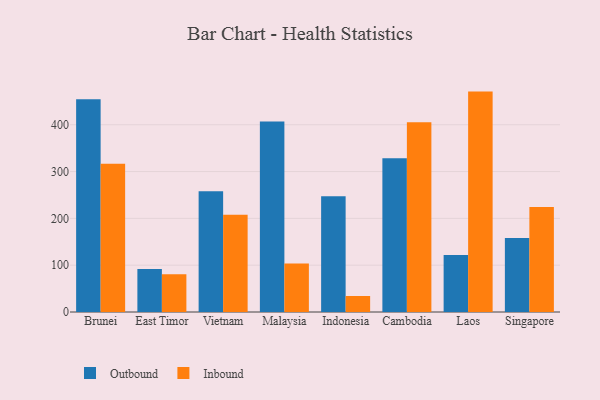
{"axis": {"x": "Country", "y": "Net Income (USD K)"}, "legend": ["Inbound", "Outbound"], "data": [{"x": "Brunei", "y": 454.6, "type": "Outbound"}, {"x": "Brunei", "y": 316.8, "type": "Inbound"}, {"x": "East Timor", "y": 91.9, "type": "Outbound"}, {"x": "East Timor", "y": 80.4, "type": "Inbound"}, {"x": "Vietnam", "y": 258.0, "type": "Outbound"}, {"x": "Vietnam", "y": 207.8, "type": "Inbound"}, {"x": "Malaysia", "y": 406.7, "type": "Outbound"}, {"x": "Malaysia", "y": 103.5, "type": "Inbound"}, {"x": "Indonesia", "y": 247.4, "type": "Outbound"}, {"x": "Indonesia", "y": 34.2, "type": "Inbound"}, {"x": "Cambodia", "y": 328.5, "type": "Outbound"}, {"x": "Cambodia", "y": 405.3, "type": "Inbound"}, {"x": "Laos", "y": 121.6, "type": "Outbound"}, {"x": "Laos", "y": 470.8, "type": "Inbound"}, {"x": "Singapore", "y": 158.1, "type": "Outbound"}, {"x": "Singapore", "y": 224.3, "type": "Inbound"}]}